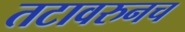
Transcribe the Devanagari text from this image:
तटावरुनच